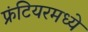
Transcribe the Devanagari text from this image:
फ्रंटियरमध्ये